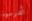
أندرسون